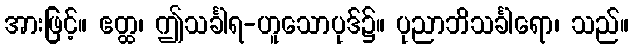
အားဖြင့်။ ဧတ္ထ၊ ဤသင်္ခါရ-ဟူသောပုဒ်၌။ ပုညာဘိသင်္ခါရော၊ သည်။